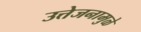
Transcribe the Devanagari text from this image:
उत्तेजनामुळे